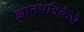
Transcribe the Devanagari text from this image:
ज्ञानपत्रिकेचे